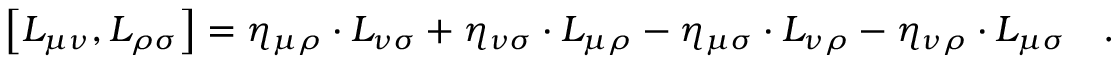
\left[ L _ { \mu \nu } , L _ { \rho \sigma } \right] = \eta _ { \mu \rho } \cdot L _ { \nu \sigma } + \eta _ { \nu \sigma } \cdot L _ { \mu \rho } - \eta _ { \mu \sigma } \cdot L _ { \nu \rho } - \eta _ { \nu \rho } \cdot L _ { \mu \sigma } \quad .